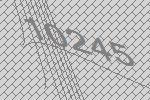
10245